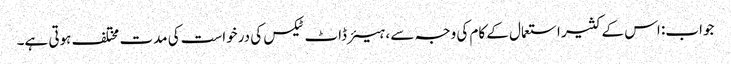
جواب: اس کے کثیر استعمال کے کام کی وجہ سے ، ہیئر ڈاٹ ٹیکس کی درخواست کی مدت مختلف ہوتی ہے۔